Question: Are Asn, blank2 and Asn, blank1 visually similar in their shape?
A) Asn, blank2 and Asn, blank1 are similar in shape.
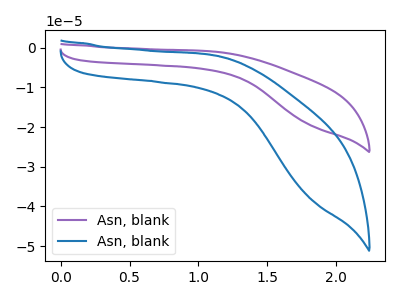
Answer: <think>The purple curve "Asn, blank1" has no peaks. The blue curve "Asn, blank2" has no peaks.
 Neither "Asn, blank2" or "Asn, blank1" have any peaks.</think>
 <answer>A) "Asn, blank2" and "Asn, blank1" are similar in shape.</answer>
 <eval>A</eval>